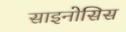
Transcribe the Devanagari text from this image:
साइनोसिस